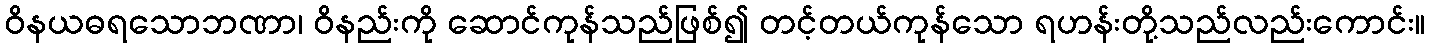
ဝိနယဓရသောဘဏာ၊ ဝိနည်းကို ဆောင်ကုန်သည်ဖြစ်၍ တင့်တယ်ကုန်သော ရဟန်းတို့သည်လည်းကောင်း။